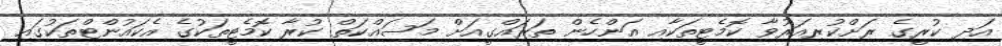
އަދި ކުރީގެ ރަށްކުރިއަރުވާ ކޮމެޓީތަކާއި އަންހެން ތަރައްގީއަށް މަސައްކަތް ކުރާ ކޮމެޓީތަކުގެ އެކައުންޓްތަކުގައި